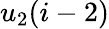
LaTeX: u_{2}(i-2)